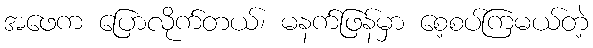
အဖေက ပြောလိုက်တယ်၊ မနက်ဖြန်မှာ စေ့စပ်ကြမယ်တဲ့